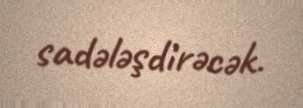
sadələşdirəcək.